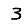
Digit: 3